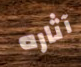
آثاره